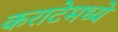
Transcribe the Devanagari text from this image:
कराटेमध्ये